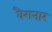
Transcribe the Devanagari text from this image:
वैगनार